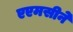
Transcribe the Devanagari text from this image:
एएमसीने